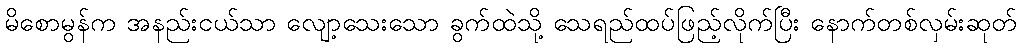
မိစောမွန်က အနည်းငယ်သာ လျော့သေးသော ခွက်ထဲသို့ သေရည်ထပ်ဖြည့်လိုက်ပြီး နောက်တစ်လှမ်းဆုတ်